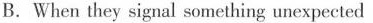
B.When they signal something unexpected